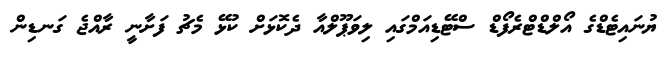
ޔުނައިޓެޑްގެ އޯލްޑްޓްރެފޯޑް ސްޓޭޑިއަމްގައި ލިވަޕޫލްއާ ދެކޮޅަށް ކުޅޭ މެޗު ފަށާނީ ރާއްޖެ ގަނޑިން